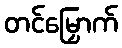
တင်မြှောက်